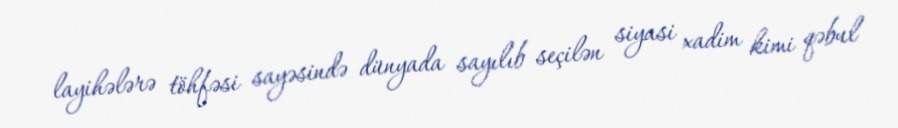
layihələrə töhfəsi sayəsində dünyada sayılıb seçilən siyasi xadim kimi qəbul